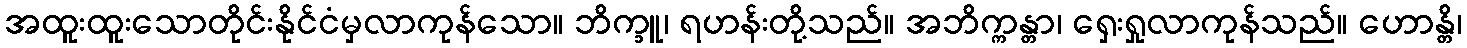
အထူးထူးသောတိုင်းနိုင်ငံမှလာကုန်သော။ ဘိက္ခူ၊ ရဟန်းတို့သည်။ အဘိက္ကန္တာ၊ ရှေးရှုလာကုန်သည်။ ဟောန္တိ၊